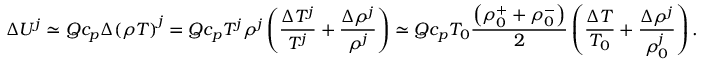
\Delta U ^ { j } \simeq Q c _ { p } \Delta { \left( \rho T \right) } ^ { j } = Q c _ { p } T ^ { j } \rho ^ { j } \left( \frac { \Delta T ^ { j } } { T ^ { j } } + \frac { \Delta \rho ^ { j } } { \rho ^ { j } } \right) \simeq Q c _ { p } T _ { 0 } \frac { \left( \rho _ { 0 } ^ { + } + \rho _ { 0 } ^ { - } \right) } { 2 } \left( \frac { \Delta T } { T _ { 0 } } + \frac { \Delta \rho ^ { j } } { \rho _ { 0 } ^ { j } } \right) .